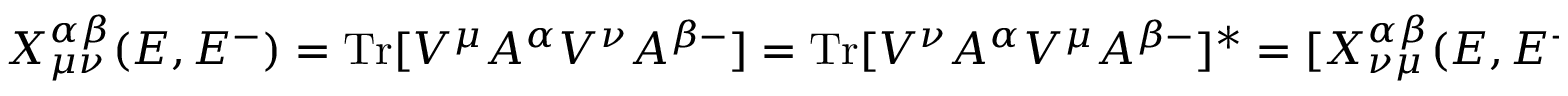
X _ { \mu \nu } ^ { \alpha \beta } ( E , E ^ { - } ) = \operatorname { T r } [ V ^ { \mu } A ^ { \alpha } V ^ { \nu } A ^ { \beta - } ] = \operatorname { T r } [ V ^ { \nu } A ^ { \alpha } V ^ { \mu } A ^ { \beta - } ] ^ { * } = [ X _ { \nu \mu } ^ { \alpha \beta } ( E , E ^ { - } ) ] ^ { * }